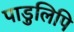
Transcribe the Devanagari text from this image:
पाडुलिपि